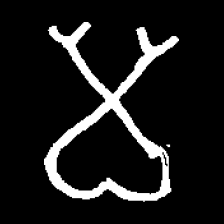
Pyu character \u2014 Myanmar letter: မ (romanized: ma)